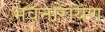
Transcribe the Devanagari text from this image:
भवनारायण